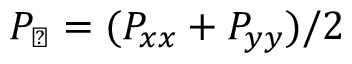
P _ { \perp } = ( P _ { x x } + P _ { y y } ) / 2